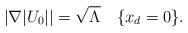
LaTeX: \begin{align*}|\nabla |U_0||=\sqrt{\Lambda}\quad\{x_d=0\}.\end{align*}